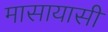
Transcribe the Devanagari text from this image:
मासायासी